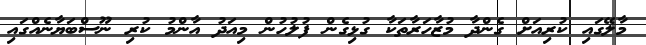
މާލޭގައި ކުރިއަށް ގެންދާ މުޒާހަރާތަކާ ގުޅިގެން ފުލުހުން މިއަދު އާންމު ކުރި ނޫސްބަޔާނެއްގައި